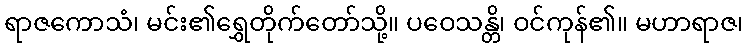
ရာဇကောသံ၊ မင်း၏ရွှေတိုက်တော်သို့။ ပဝေသန္တိ၊ ဝင်ကုန်၏။ မဟာရာဇ၊